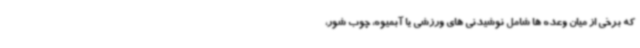
که برخی از میان وعده ها شامل نوشیدنی های ورزشی یا آبمیوه، چوب شور،